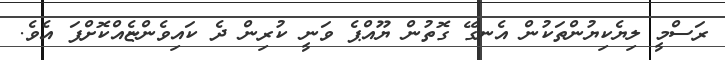
ރަސްމީ ލިޔެކިޔުންތަކުން އެނގޭ ގޮތުން ޔޫއްޕެ ވަނީ ކުރިން ދެ ކައިވެންޏެއްކޮށްފަ އެވެ.